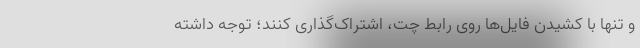
و تنها با کشیدن فایل‌ها روی رابط چت، اشتراک‌گذاری کنند؛ توجه داشته